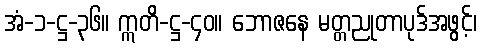
အံ-၁-ဋ္ဌ-၃၆။ ဣတိ-ဋ္ဌ-၄၀။ ဘောဇနေ မတ္တညုတာပုဒ်အဖွင့်၊